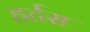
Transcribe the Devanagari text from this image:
हर्टस